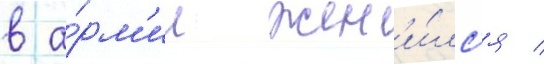
в а́рм'ии жен'и́лс'я /